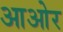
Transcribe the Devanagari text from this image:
आओर